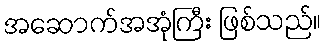
အဆောက်အအုံကြီး ဖြစ်သည်။